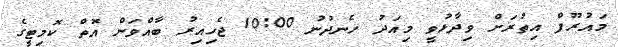
މައުރޫފް އިތުރަށް ވިދާޅުވީ މިއަދު ހެނދުނު 10:00 ޖެހިއިރު ބާއްވަން އޮތް ކޮމިޓީގެ